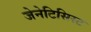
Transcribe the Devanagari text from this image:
जेनेटिसिस्ट